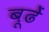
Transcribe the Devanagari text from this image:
बूढें